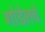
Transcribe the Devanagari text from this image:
गोडेलचे